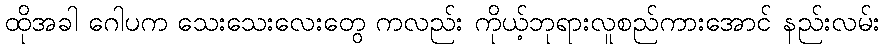
ထိုအခါ ဂေါပက သေးသေးလေးတွေ ကလည်း ကိုယ့်ဘုရားလူစည်ကားအောင် နည်းလမ်း